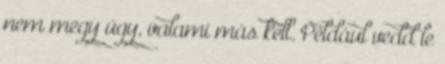
nem megy úgy, valami más kell. Például vedd le